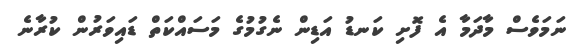
ނަމަވެސް މާދަމާ އެ ފޮށި ކަނޑު އަޑިން ނެގުމުގެ މަސައްކަތް ޑައިވަރުން ކުރާނެ